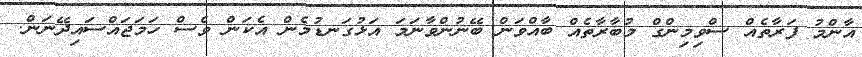
އާންމު ފަރާތެއް ސްވިމިންގް މުބާރާތެއް ބާއްވަން ބޭނުންވާނަމަ އަޅުގަނޑުމެން އެކަން ވެސް ހަމަޖައްސައިދޭނަން.